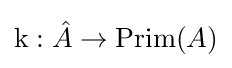
\operatorname {k} :{\hat {A}}\to \operatorname {Prim} (A)